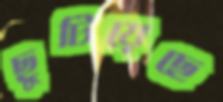
ছুটিয়েছে